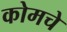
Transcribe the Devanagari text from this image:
कोमचे